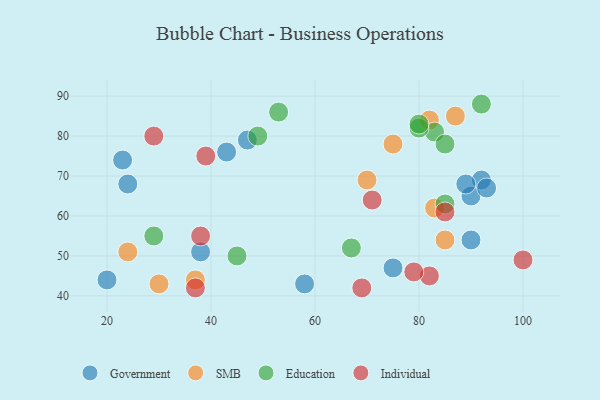
{"axis": {"x": "GDP", "y": "Life Expectancy"}, "legend": ["Education", "Government", "Individual", "SMB"], "data": [{"x": "92", "y": 69, "type": "Government"}, {"x": "24", "y": 68, "type": "Government"}, {"x": "90", "y": 65, "type": "Government"}, {"x": "38", "y": 51, "type": "Government"}, {"x": "75", "y": 47, "type": "Government"}, {"x": "47", "y": 79, "type": "Government"}, {"x": "43", "y": 76, "type": "Government"}, {"x": "58", "y": 43, "type": "Government"}, {"x": "90", "y": 54, "type": "Government"}, {"x": "20", "y": 44, "type": "Government"}, {"x": "89", "y": 68, "type": "Government"}, {"x": "93", "y": 67, "type": "Government"}, {"x": "23", "y": 74, "type": "Government"}, {"x": "85", "y": 54, "type": "SMB"}, {"x": "75", "y": 78, "type": "SMB"}, {"x": "82", "y": 84, "type": "SMB"}, {"x": "30", "y": 43, "type": "SMB"}, {"x": "70", "y": 69, "type": "SMB"}, {"x": "87", "y": 85, "type": "SMB"}, {"x": "83", "y": 62, "type": "SMB"}, {"x": "37", "y": 44, "type": "SMB"}, {"x": "24", "y": 51, "type": "SMB"}, {"x": "29", "y": 55, "type": "Education"}, {"x": "45", "y": 50, "type": "Education"}, {"x": "53", "y": 86, "type": "Education"}, {"x": "49", "y": 80, "type": "Education"}, {"x": "83", "y": 81, "type": "Education"}, {"x": "67", "y": 52, "type": "Education"}, {"x": "85", "y": 78, "type": "Education"}, {"x": "80", "y": 82, "type": "Education"}, {"x": "85", "y": 63, "type": "Education"}, {"x": "92", "y": 88, "type": "Education"}, {"x": "80", "y": 83, "type": "Education"}, {"x": "85", "y": 61, "type": "Individual"}, {"x": "38", "y": 55, "type": "Individual"}, {"x": "71", "y": 64, "type": "Individual"}, {"x": "37", "y": 42, "type": "Individual"}, {"x": "82", "y": 45, "type": "Individual"}, {"x": "100", "y": 49, "type": "Individual"}, {"x": "69", "y": 42, "type": "Individual"}, {"x": "39", "y": 75, "type": "Individual"}, {"x": "29", "y": 80, "type": "Individual"}, {"x": "79", "y": 46, "type": "Individual"}]}